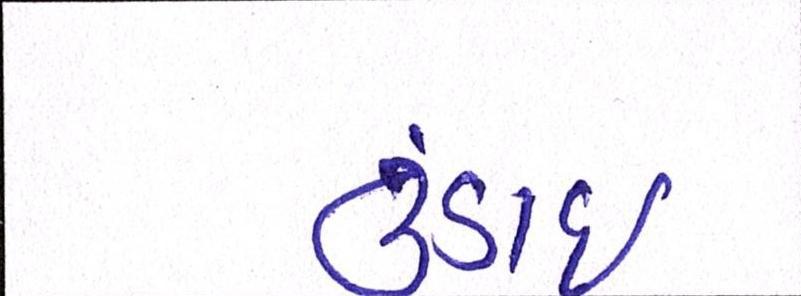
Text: ઉંડાઈ